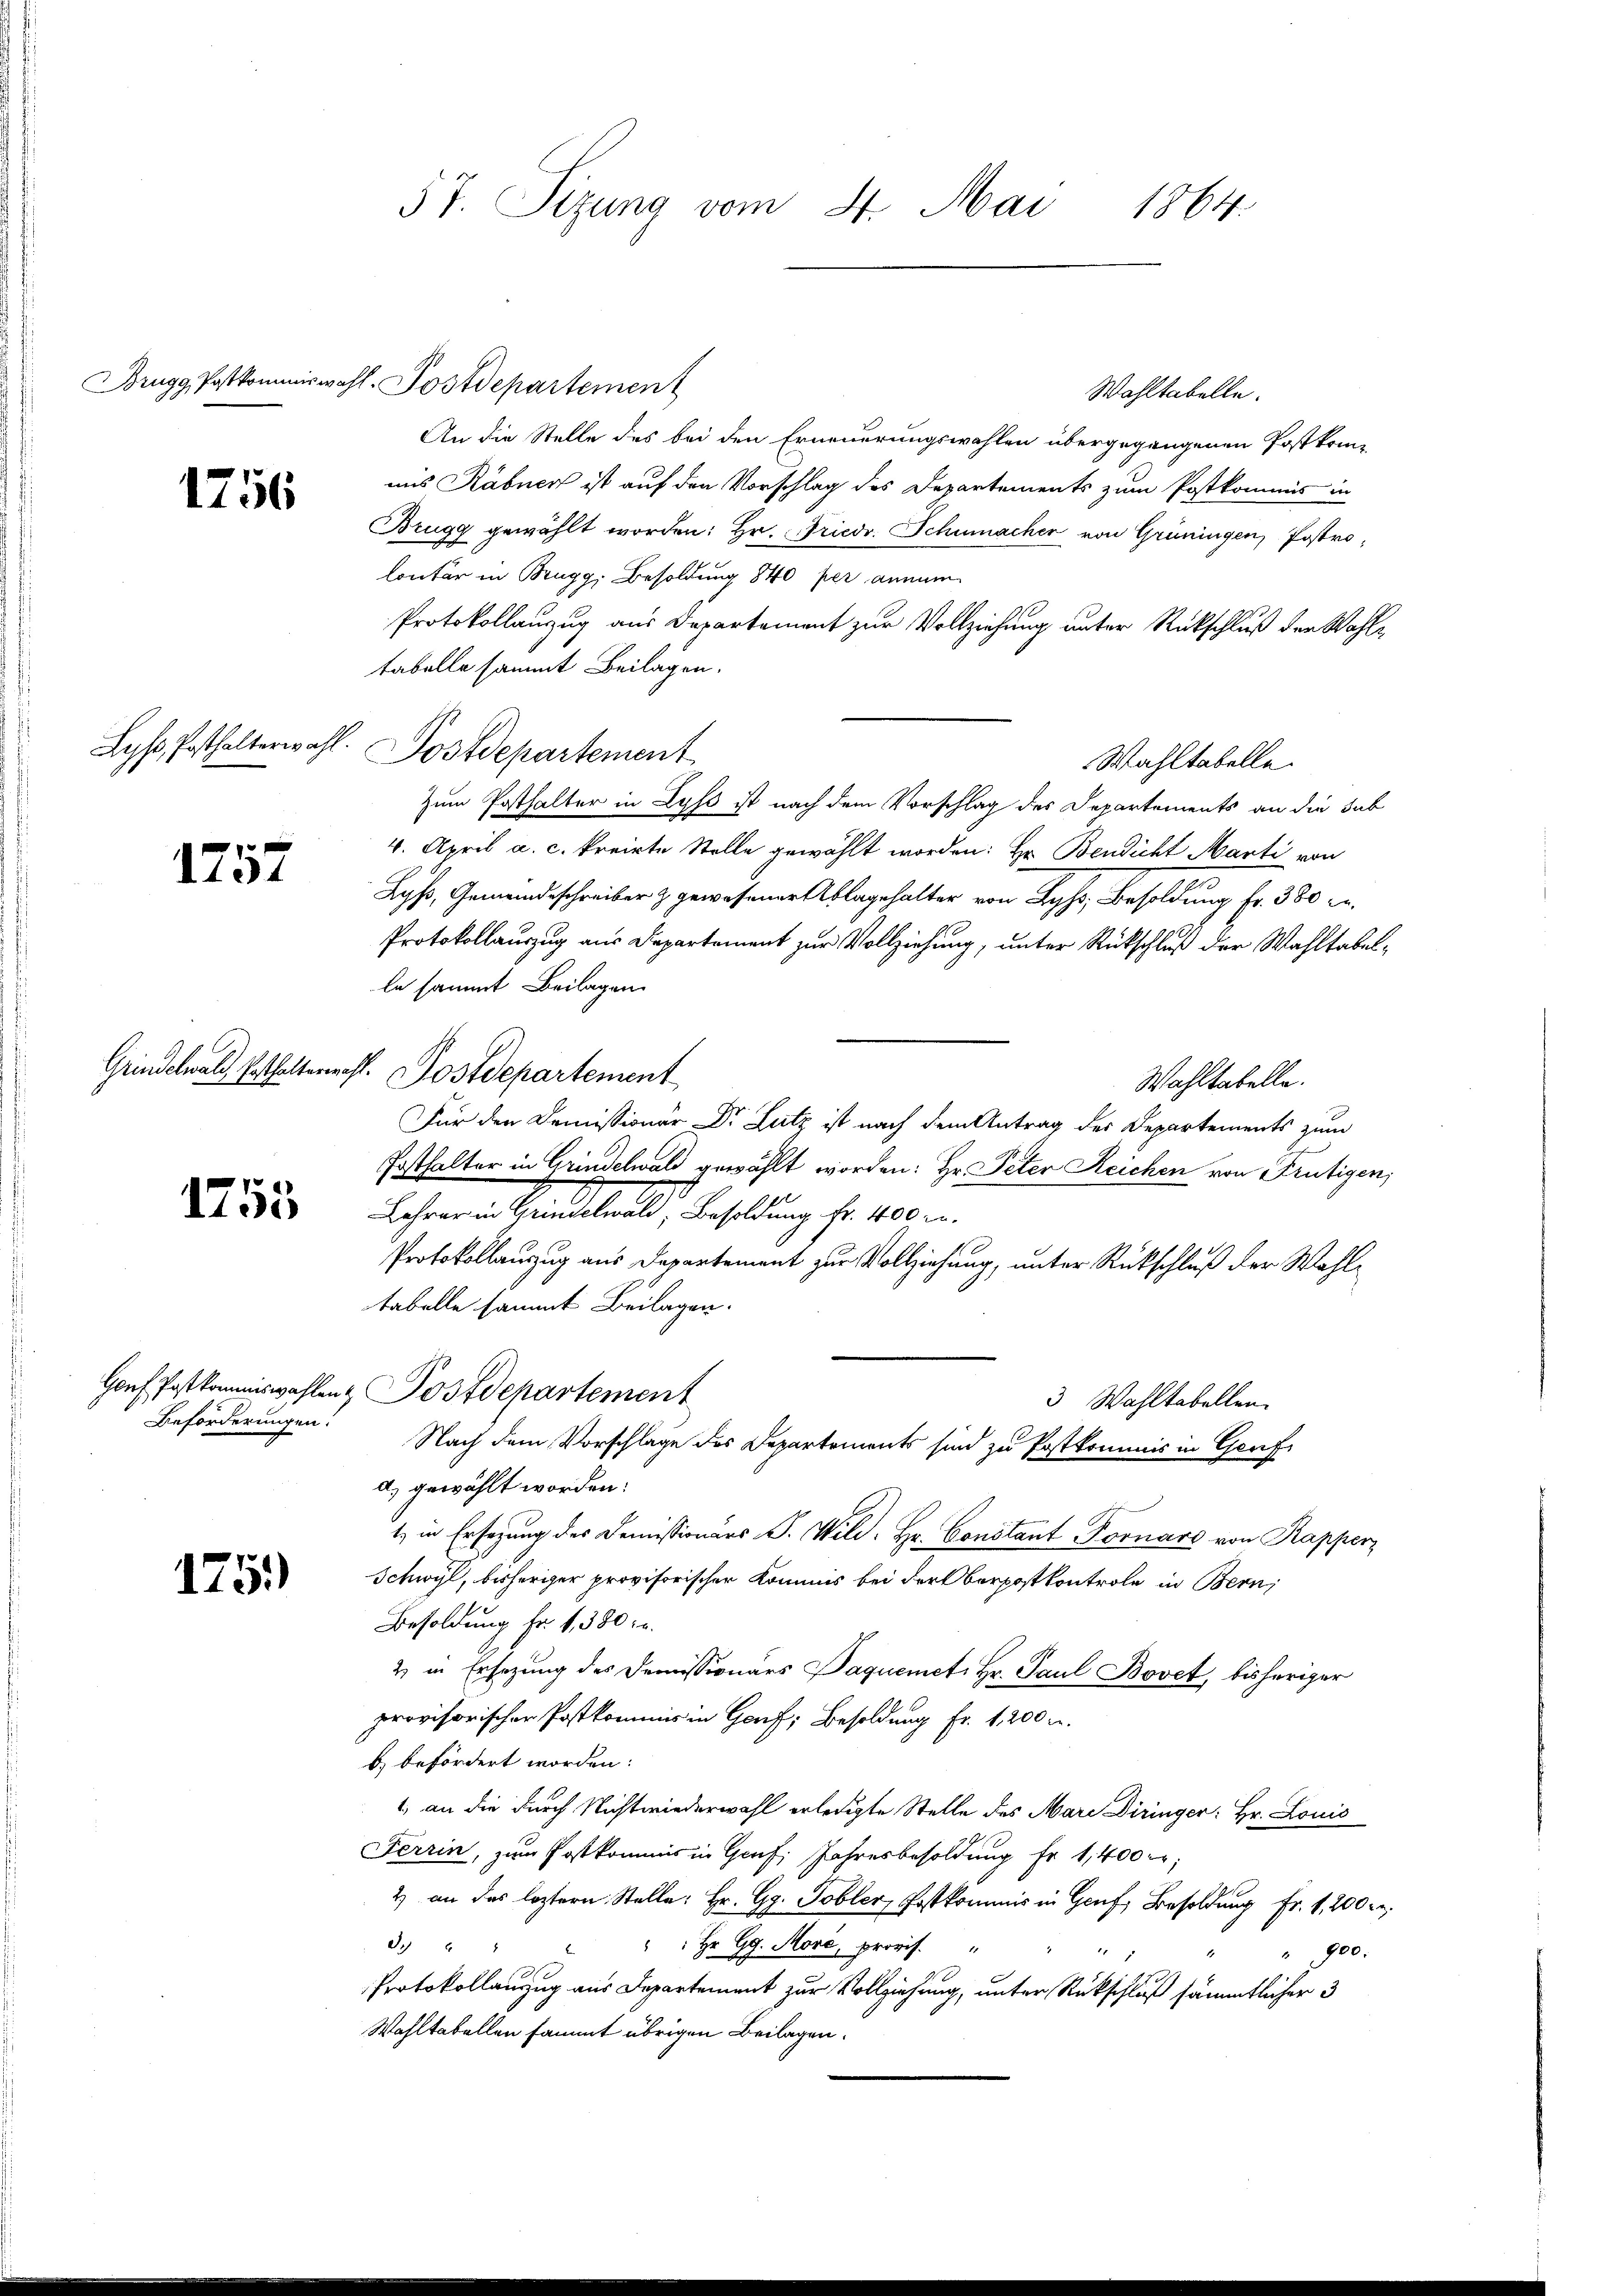
1756

Lys, Posthalterwahl.

1757

Grindelwald, Posthalterwahl.

1755

Beförderungen.

1751)

57. Sizung vom 4. Mai
1864.

Wahltabelle.
An die Stelle des bei den Erneuerungswahlen übergegangenen Postkomuis Räbner ist auf den Vorschlag des Departements zum Postkommis in
Brugg gewählt worden: Hr. Friedr. Schumacher von Grüningen, Postro¬
Contär in Brugg, Besoldung 1840 per annum
Protokollanzug aus Departement zur Vollziehung unter Rückschluß der Wahltabelle sammt Beilagen.
Postdepartement
Wahltabelle.
Zum Posthalter in Lyss ist nach dem Vorschlag des Departements an die Sub
4. April a. c. kreiste Stelle gewählt worden: Hr. Bendicht Marti von
Lyss, Gemeindsschreiber & gewesener Ablagehalter von Lyss, Besoldung Fr. 380 l.
Protokollauszug aus Departement zur Vollziehung, unter Rückschluß der Wahltabelle sammt Beilagen.
Postdepartement
Wahltabelle.
Für den Demissionar Dr. Lutz ist nach dem Antrag des Departements zum
Posthalter in Grindelwald gewählt worden: Hr. Peter Reichen von Frutigen,
Lehrer in Grindelwald, Besoldung fr. 400 r.
Protokollauszug aus Departement zur Vollziehung, unter Rückschluß der Wahltabelle sammt Beilagen.
Gonf Postkommiswahlen Postdepartement
3 Wahltabellen.
Nach dem Vorschlage des Departements sind zu Postkommis in Genf
a) gewählt worden:
1) in Ersezung des Demissionars S. Wild. Hr. Constant Fornars von Kapperz
Schwyl, bisheriger provisorischer Kommis bei der Berpostkontrole in Bern,
Besoldung fr. 1, 380:
2 in Ersezung des Demissionars Paquemet Hr. Paul Bovet, bisheriger
provisorischer Postkommis in Genf, Besoldung fr. 1, 200 u.
b) befördert worden:
1.) an die durch Nichtwiederwahl erledigte Stelle des Mari Diringer: Hr. Louis
Ferrin, zum Postkommis in Genf Jahresbesoldung Fr. 1,400 r
2) an das leztern Stelle: Hr. Gg. Tobler, Postkommis in Genf, Besoldung Fr. 1, 200 re
d. 2
: Hr. Gg. More, provis. "
900:
Protokollauszug aus Departement zur Vollziehung, unter Rückschluß sämmtlicher 3
Wahltabellen sammt übrigen Beilagen.

Brugg, Postkommiswahl. Postdepartement